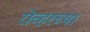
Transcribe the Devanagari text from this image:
रोव्हरच्या